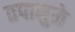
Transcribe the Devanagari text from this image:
तपामुळे